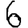
Digit: 6